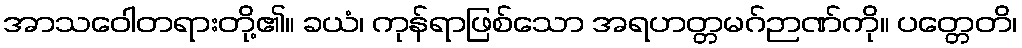
အာသဝေါတရားတို့၏။ ခယံ၊ ကုန်ရာဖြစ်သော အရဟတ္တမဂ်ဉာဏ်ကို။ ပတ္တေတိ၊